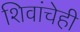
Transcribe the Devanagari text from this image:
शिवांचेही